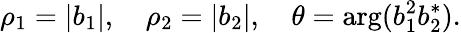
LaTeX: \rho_{1}=|b_{1}|,\quad\rho_{2}=|b_{2}|,\quad\theta=\arg(b_{1}^{2}b_{2}^{*}).